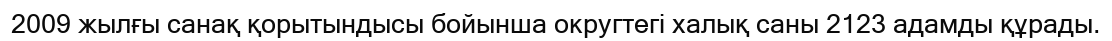
2009 жылғы санақ қорытындысы бойынша округтегі халық саны 2123 адамды құрады.